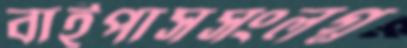
বাইপাসসংলগ্ন